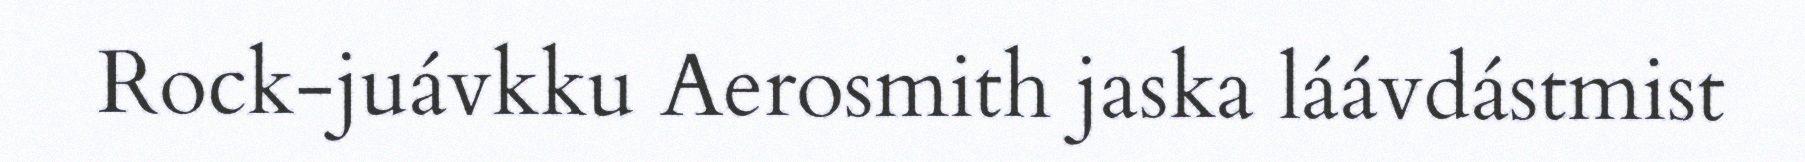
Rock-juávkku Aerosmith jaska láávdástmist